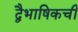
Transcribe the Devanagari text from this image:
द्वैभाषिकची